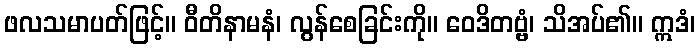
ဖလသမာပတ်ဖြင့်။ ဝီတိနာမနံ၊ လွန်စေခြင်းကို။ ဝေဒိတဗ္ဗံ၊ သိအပ်၏။ ဣဒံ၊